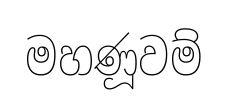
මහණූවම්